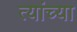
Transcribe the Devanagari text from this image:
त्यांच्या